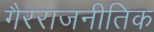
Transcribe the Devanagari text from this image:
गैरराजनीतिक